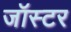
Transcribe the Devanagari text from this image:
जॉस्टर